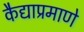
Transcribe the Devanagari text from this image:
कैद्याप्रमाणे